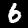
Label: 6